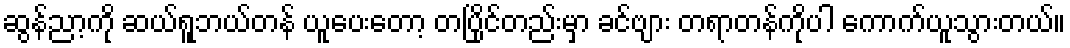
ဆွန်ညာ့ကို ဆယ်ရူဘယ်တန် ယူပေးတော့ တပြိုင်တည်းမှာ ခင်ဗျား တရာတန်ကိုပါ ကောက်ယူသွားတယ်။